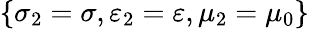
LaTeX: \{ \sigma_{2}=\sigma,\varepsilon_{2}=\varepsilon,\mu_{2}=\mu_{0}\}